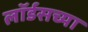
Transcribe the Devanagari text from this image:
लॉर्डसच्या